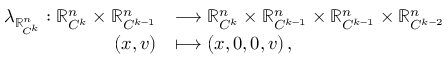
\begin{array} { r l } { \lambda _ { \mathbb { R } _ { \! C ^ { k } } ^ { n } } : \mathbb { R } _ { C ^ { k } } ^ { n } \times \mathbb { R } _ { C ^ { k - 1 } } ^ { n } } & { \longrightarrow \mathbb { R } _ { C ^ { k } } ^ { n } \times \mathbb { R } _ { C ^ { k - 1 } } ^ { n } \times \mathbb { R } _ { C ^ { k - 1 } } ^ { n } \times \mathbb { R } _ { C ^ { k - 2 } } ^ { n } } \\ { ( x , v ) } & { \longmapsto ( x , 0 , 0 , v ) \, , } \end{array}